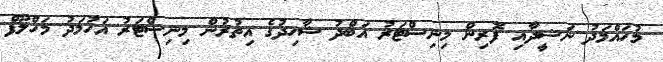
މުހައްމަދު ނަޝީދާއި ފޮރިން މިނިސްޓަރު އަބްދު ޝާހިދުގެ އިތުރުން މިނިސްޓަރު އަހުމަދު މަހްލޫފް